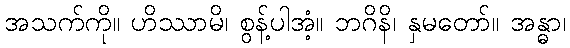
အသက်ကို။ ဟိဿာမိ၊ စွန့်ပါအံ့။ ဘဂိနိ၊ နှမတော်။ အန္ဓာ၊